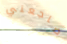
ضاجعني